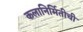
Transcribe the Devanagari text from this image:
कलानिर्मितीची